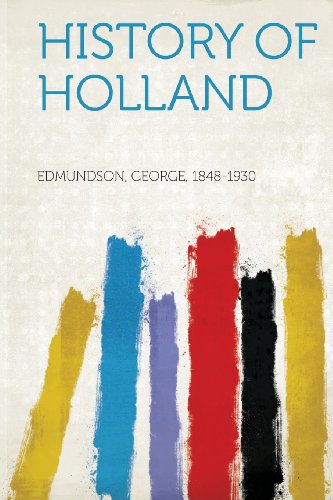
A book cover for History of Holland; History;